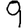
Digit: 9